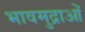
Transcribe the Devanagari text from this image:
भावमुद्राओं